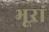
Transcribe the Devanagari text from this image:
भूरां